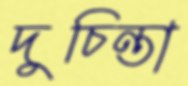
দুচিন্তা